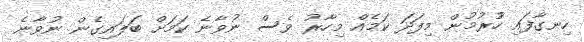
ހިނގާފައި ހުުރުމުން މިފަދަ ކަމެއް މިހާރު ވެސް ނުވާނެ ކަމަށް ބަލައިގެން ނުވާނެ